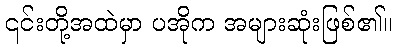
၎င်းတို့အထဲမှာ ပအိုက အများဆုံးဖြစ်၏။